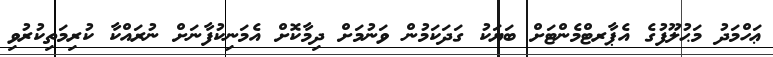
ޢަހްމަދު މަޙުލޫފުގެ އެޕާރޓްމެންޓަށް ބަޔަކު ގަދަކަމުން ވަނުމަށް ދިމާކޮށް އެމަނިކުފާނަށް ނުރައްކާ ކުރިމަތިކުރުވި